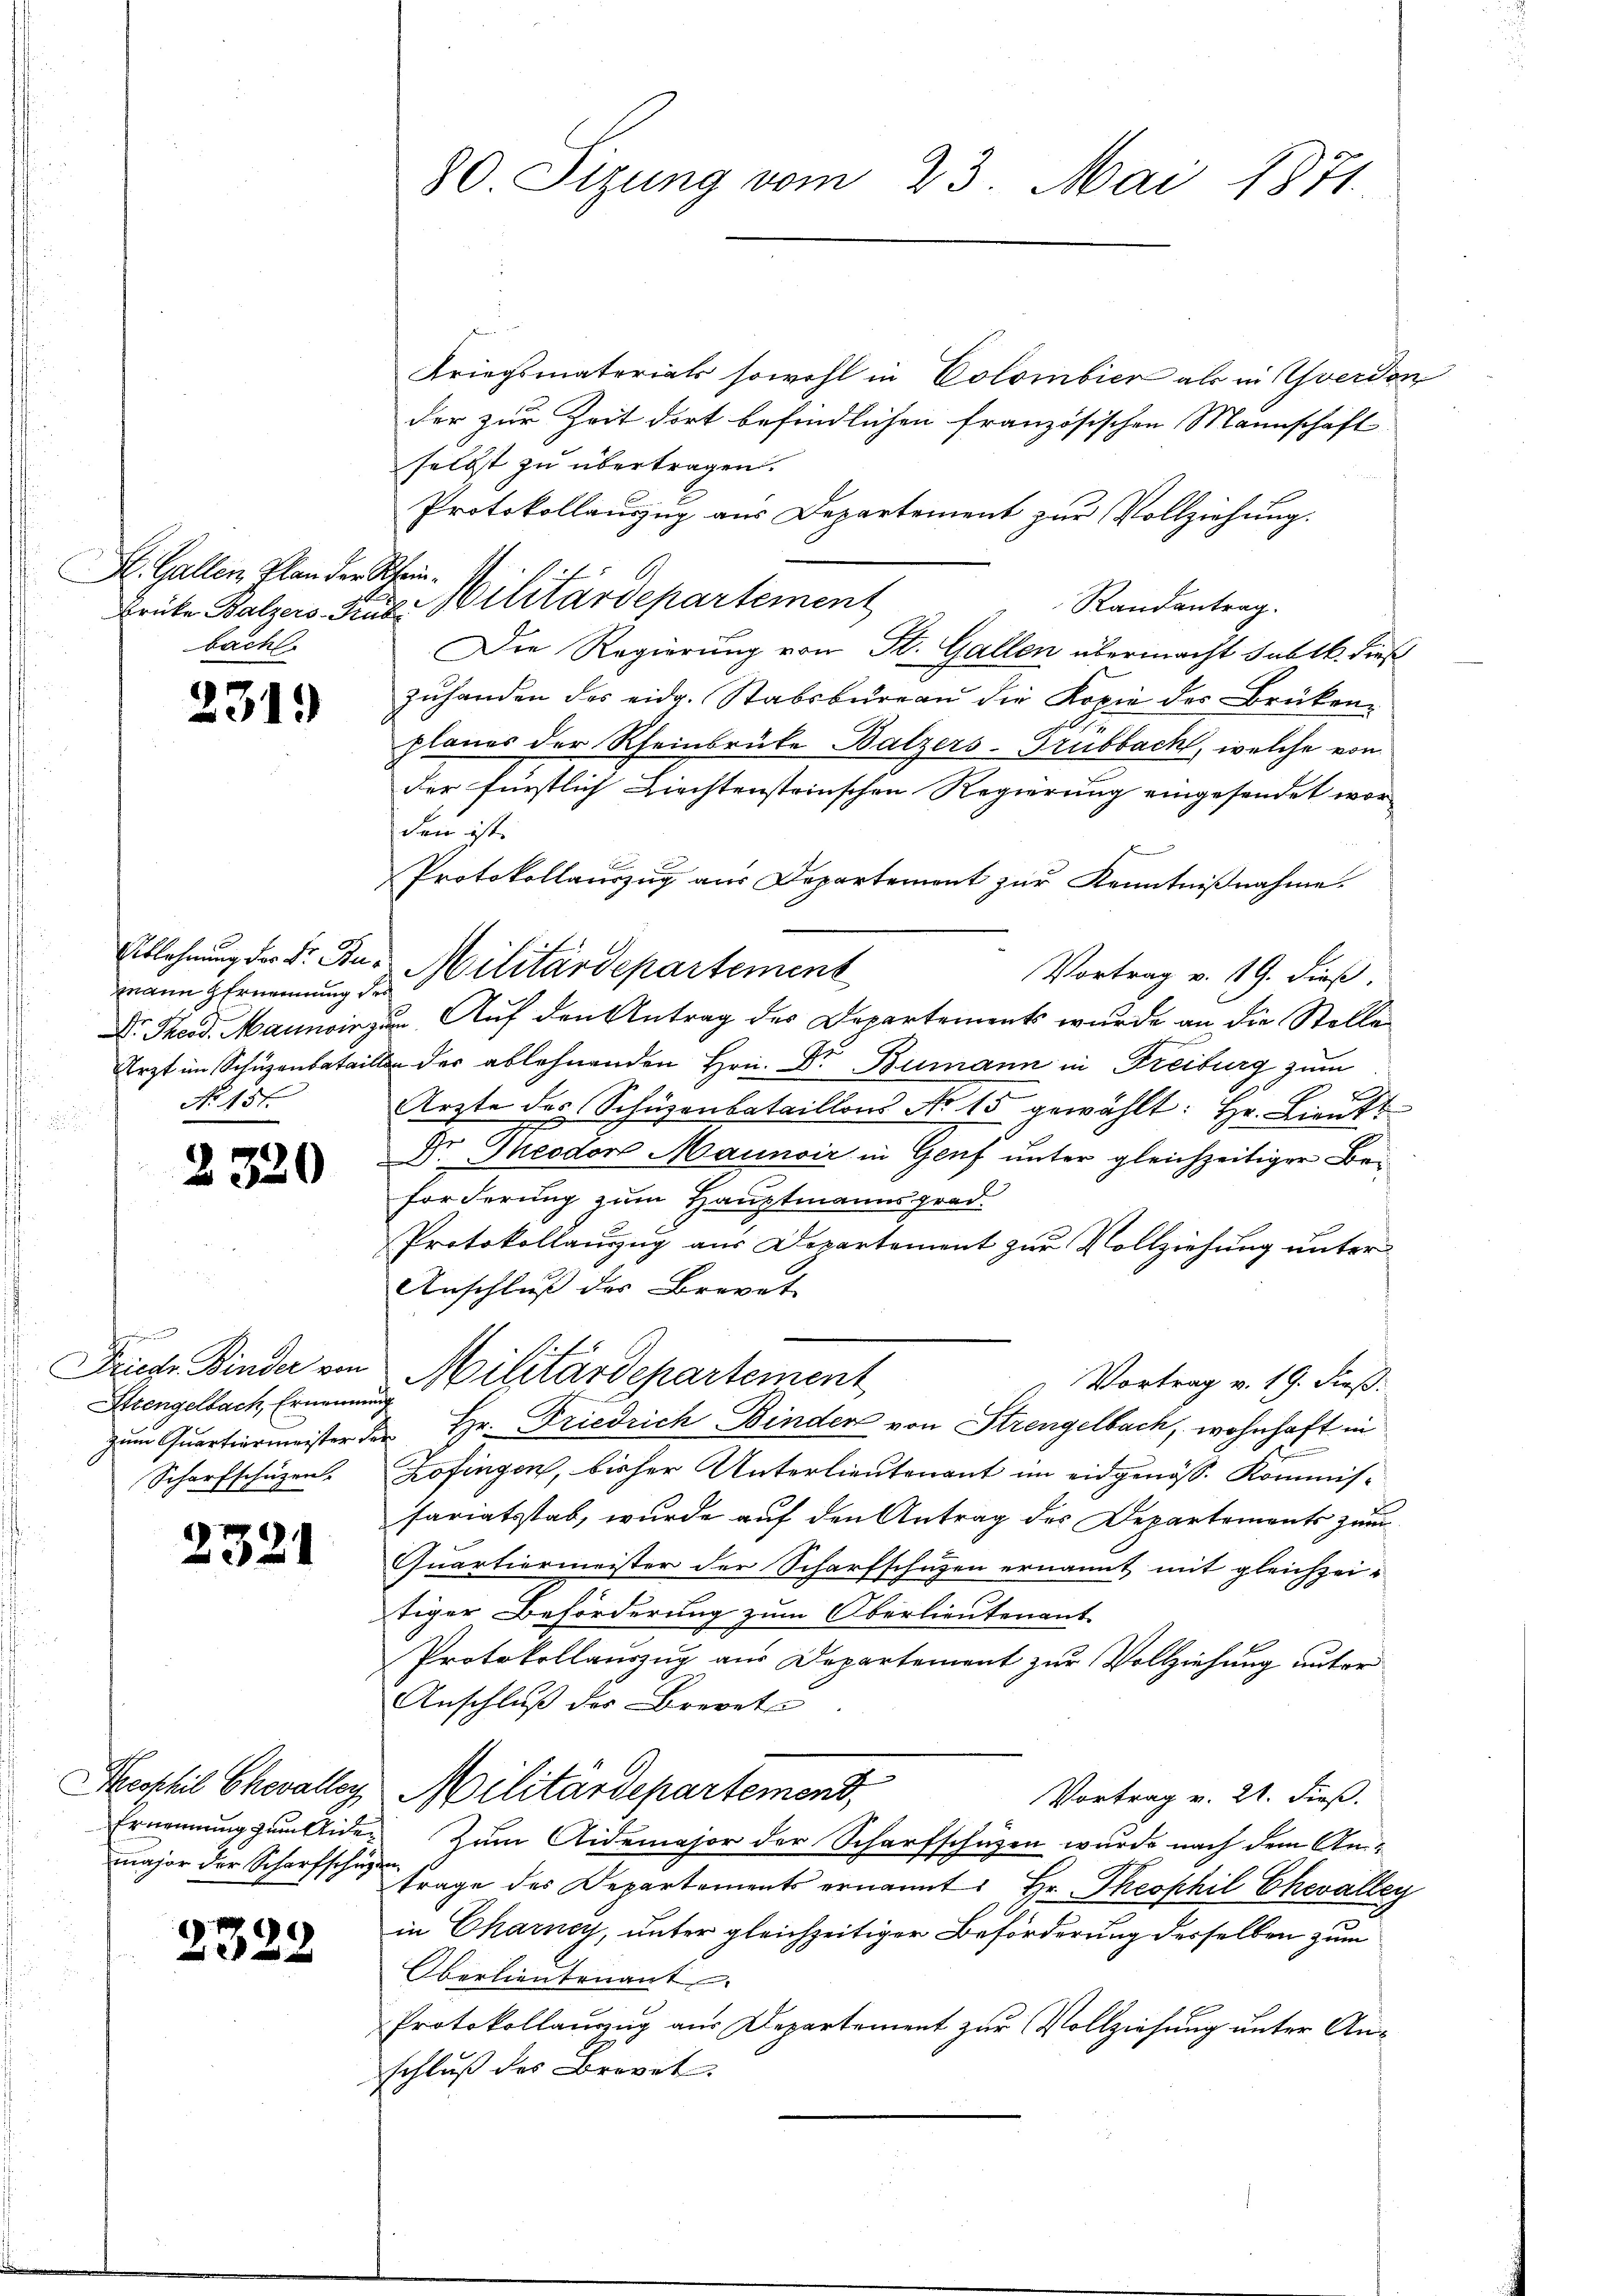
St. Gallen, Plan der
bach.

2319

Ablehnung der Dr. Bumann Ernennung
Dr. Theod. Mannoir.
Arzt im Schuzenbatai
No. 151.

2320

g
Friedr. Binder von
Stzengelbach, Ernenner
zum Quartiermeister de
Scharfschützen.

2321

heophil Chevalley
Ernennung zum Wide
major der Scharfschuz

2322

80. Sizung vom 23. Mai 1871.

Kriegsmaterials sowohl in Colombier als in Yverdon
der zur Zeit dort befindlichen französischen Mannschaft
selbst zu übertragen.
Protokollauszug aus Departement zur Vollziehung.
Rhein
Brüke Balzers Pius Militärdepartement
Randantrag.
Die Regierung von St. Gallen übermacht subtk. dieß
zuhanden des eidg. Stabsbureau die Kopie der Brüken-
planes der Rheinbrüke Balzers-Grubbach, welche von
Der fürstlich Birchtensteinschen Regierung eingesendet wor-
den ist.
Protokollauszug aus Departement zur Kenntnißnahme.
 Militärdepartement
Vortrag v. 19. dieß.
u
um Auf den Antrag des Departements wurde an die Stelle
An der ablehnenden Hrn. Dr. Bumann in Freiburg zum
Ärzte des Schüzenbataillons No 15 gewählt: Hr. Lieutt
Dr Theodor Maunoir in Genf unter gleichzeitiger Beforderung zum Hauptmannsgrad-
Protokollauszug aus Departement zur Vollziehung unter¬
Anschluß des Brevet |
Militärdepartement
Vortrag v. 19. dieß:
 Hr. Friedrich Binden von Strengelbach, wohnhaft in
Zofingen, bisher Unterlieutenant im eidgenöss. Kommissariatsstab, wurde auf den Antrag des Departements zum
Quartiermeister der Scharfschuzen ernannt mit gleichzei-
tiger Beförderung zum Oberlieutenant
Protokollauszug aus Departement zur Vollziehung unter
Anschluß der Brevet
Militärdepartement,
Vortrag v. 21. dieß.
Zum Aidemajor der Scharfschützen wurde nach dem An-
e
trage des Departements ernannt: Hr. Theophil Chevalley
in Charney, unter gleichzeitiger Beförderung desselben zum
Oberlieutenant
Protokollanzug aus Departement zur Vollziehung unter Anschluß des Brovet.